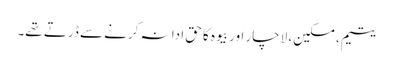
یتیم، مسکین، لاچار اور بیوہ کا حق ادا نہ کرنے سے ڈرتے تھے۔